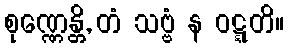
စုဏ္ဏေန္တိ, တံ သဗ္ဗံ န ဝဋ္ဋတိ။